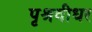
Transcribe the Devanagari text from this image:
पृश्रवीधर